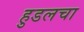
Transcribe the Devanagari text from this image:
हुडलचा